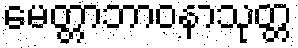
မေတ္တာဘာဝနာသုတ္တ